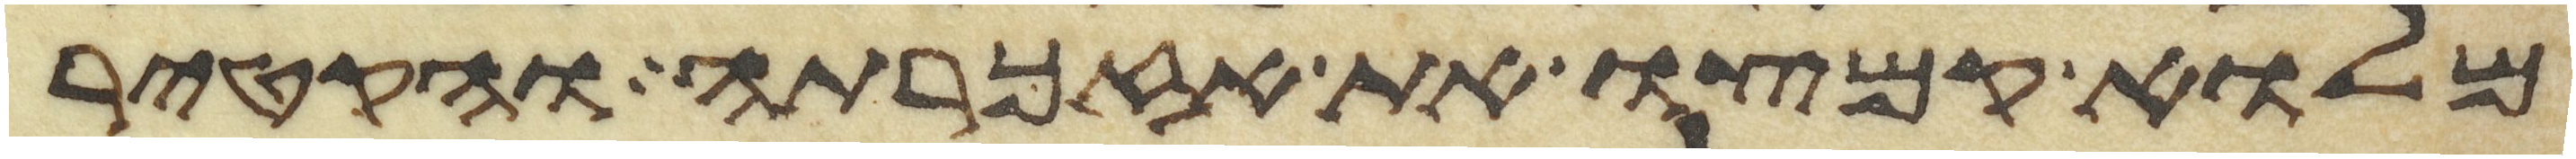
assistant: מלוא קמצו את אזכרתה והקטיר